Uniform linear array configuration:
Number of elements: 4
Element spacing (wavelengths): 0.5
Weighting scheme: exponential
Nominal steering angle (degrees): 60
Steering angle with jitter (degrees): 59.498
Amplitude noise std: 0.05
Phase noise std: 0.05

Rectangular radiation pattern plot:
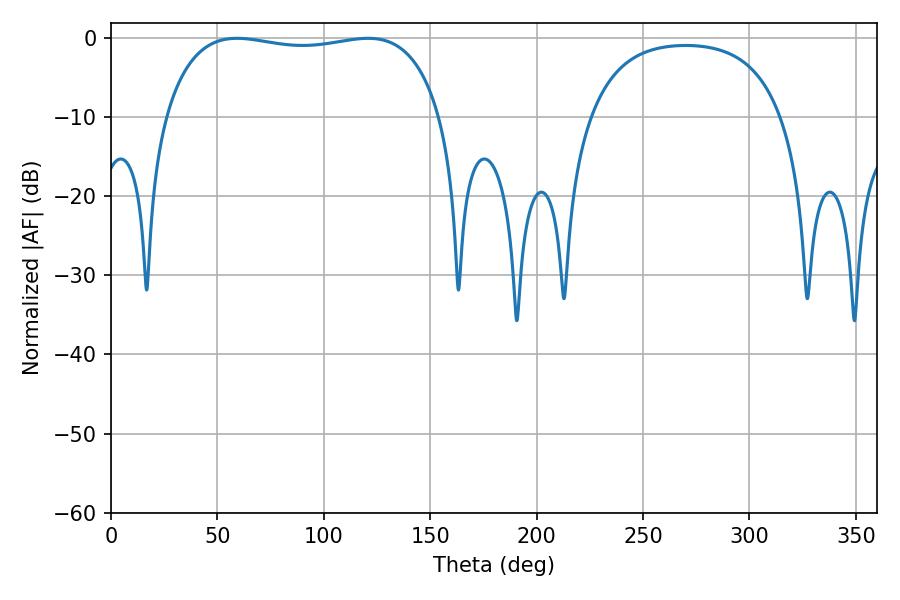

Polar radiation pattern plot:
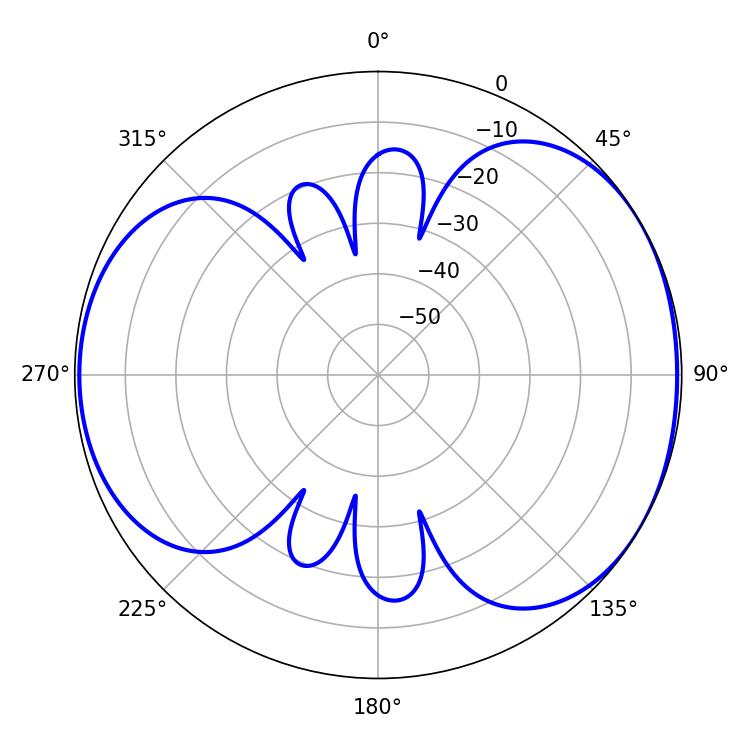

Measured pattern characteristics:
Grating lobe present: FALSE
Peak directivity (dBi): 4.877
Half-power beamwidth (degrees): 104.76
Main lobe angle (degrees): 59.22